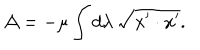
{ \cal A } = - \mu \int d \lambda \, \sqrt { { x ^ { \prime } } \cdot { x ^ { \prime } } } .